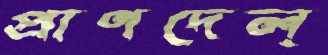
প্রাণদেল্